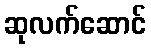
ဆုလက်ဆောင်